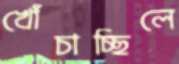
খোঁচাচ্ছিলে